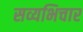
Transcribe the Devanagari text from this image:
सव्यभिचार